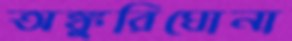
অঙ্কুরিঘোনা